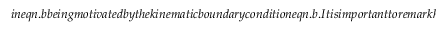
i n e q n . b b e i n g m o t i v a t e d b y t h e k i n e m a t i c b o u n d a r y c o n d i t i o n e q n . b . I t i s i m p o r t a n t t o r e m a r k h e r e t h a t t h e t i m e d e p e n d e n c e a s s u m e d i n i s a r b i t r a r y a n d w e s p e c i f i c a l l y \textit { d o n o t } a s s u m e t h e t i m e d e p e n d e n c e t o b e e x p o n e n t i a l a p r i o r i , i n d i s t i n c t i o n t o n o r m a l m o d e a n a l y s i s . A s a c o n s e q u e n c e , w e w i l l \textit { d e r i v e a n e q u a t i o n } g o v e r n i n g